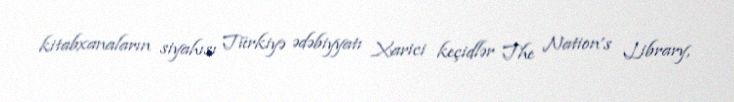
kitabxanaların siyahısı Türkiyə ədəbiyyatı Xarici keçidlər The Nation’s Library,